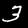
Digit: 3